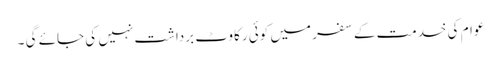
عوام کی خدمت کے سفر میں کوئی رکاوٹ برداشت نہیں کی جائے گی ۔